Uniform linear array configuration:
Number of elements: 48
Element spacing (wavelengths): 0.75
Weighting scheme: kaiser
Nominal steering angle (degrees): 15
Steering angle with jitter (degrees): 13.277
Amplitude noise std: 0.05
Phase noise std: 0.05

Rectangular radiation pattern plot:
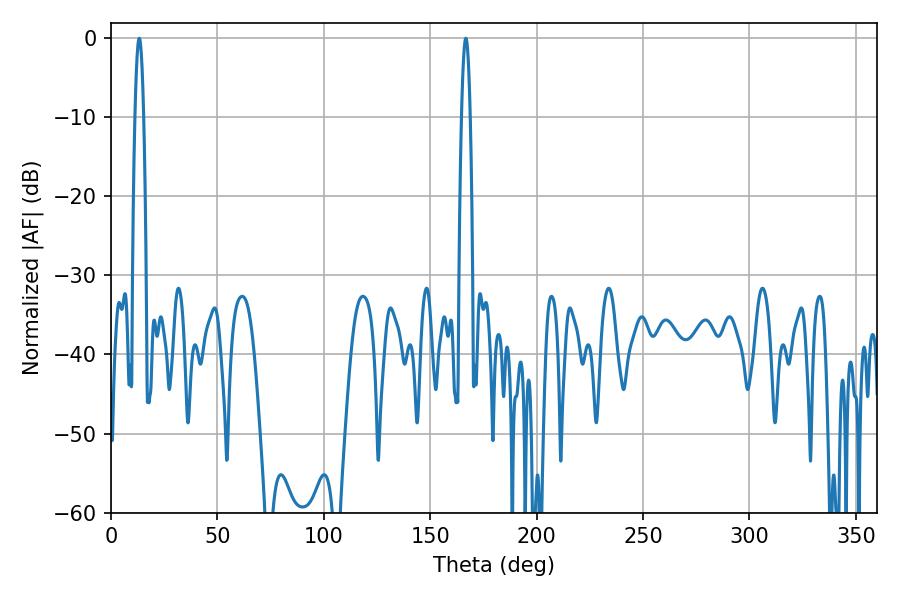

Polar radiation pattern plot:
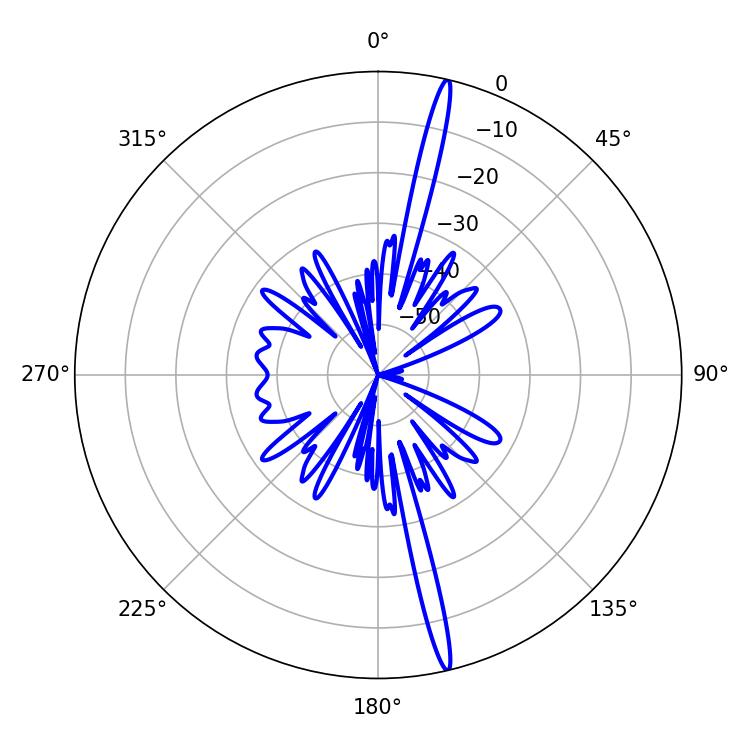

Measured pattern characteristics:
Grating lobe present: TRUE
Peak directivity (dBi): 20.088
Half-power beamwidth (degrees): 2.16
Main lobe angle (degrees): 13.32